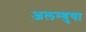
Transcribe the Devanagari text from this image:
अलम्बुषा